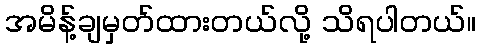
အမိန့်ချမှတ်ထားတယ်လို့ သိရပါတယ်။